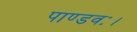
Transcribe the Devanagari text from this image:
पाण्डवः।